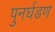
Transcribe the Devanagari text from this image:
पुनर्घडण